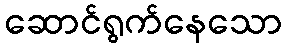
ဆောင်ရွက်နေသော